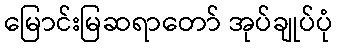
မြောင်းမြဆရာတော် အုပ်ချုပ်ပုံ